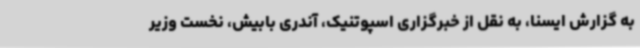
به گزارش ایسنا، به نقل از خبرگزاری اسپوتنیک، آندری بابیش، نخست وزیر